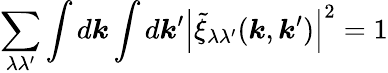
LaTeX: \sum_{\lambda\lambda^{\prime}}\int d\boldsymbol{k}\int d\boldsymbol{k}^{\prime}\left|\tilde{\xi}_{\lambda\lambda^{\prime}}(\boldsymbol{k},\boldsymbol{k}^{\prime})\right|^{2}=1